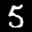
Label: 5